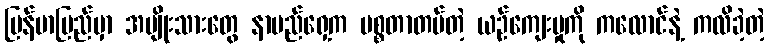
မြန်မာပြည်မှာ အမျိုးသားတွေ နာမည်ရှေ့က မစ္စတာတပ်တဲ့ ယဉ်ကျေးမှုကို ကလောင်နဲ့ ကလိခဲ့တဲ့